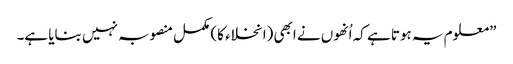
”معلوم یہ ہوتا ہے کہ اُنھوں نے ابھی (انخلاء کا) مکمل منصوبہ نہیں بنایا ہے۔